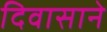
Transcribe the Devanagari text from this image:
दिवासाने